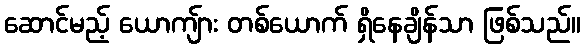
ဆောင်မည့် ယောကျ်ား တစ်ယောက် ရှိနေချိန်သာ ဖြစ်သည်။